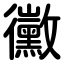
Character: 黴